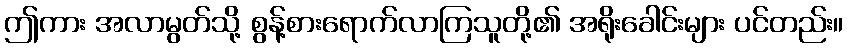
ဤကား အလာမွတ်သို့ စွန့်စားရောက်လာကြသူတို့၏ အရိုးခေါင်းများ ပင်တည်း။